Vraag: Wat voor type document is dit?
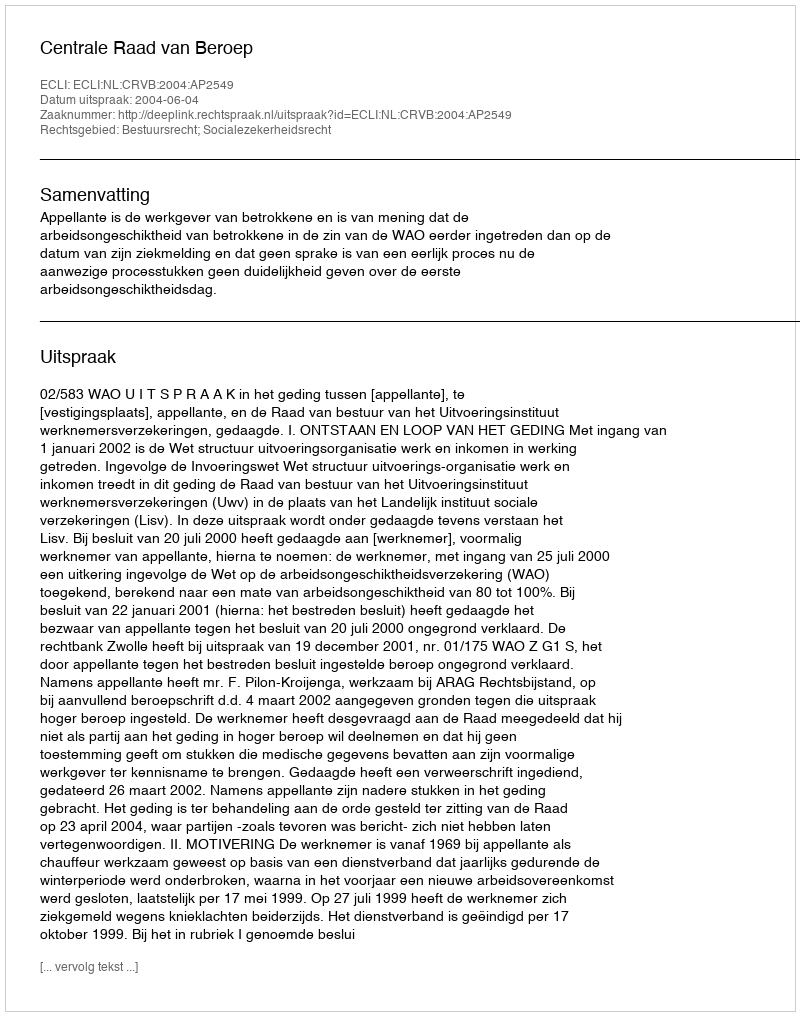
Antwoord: Uitspraak